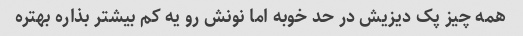
همه چیز پک دیزیش در حد خوبه اما نونش رو یه کم بیشتر بذاره بهتره